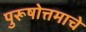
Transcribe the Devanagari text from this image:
पुरूषोत्तमाचे